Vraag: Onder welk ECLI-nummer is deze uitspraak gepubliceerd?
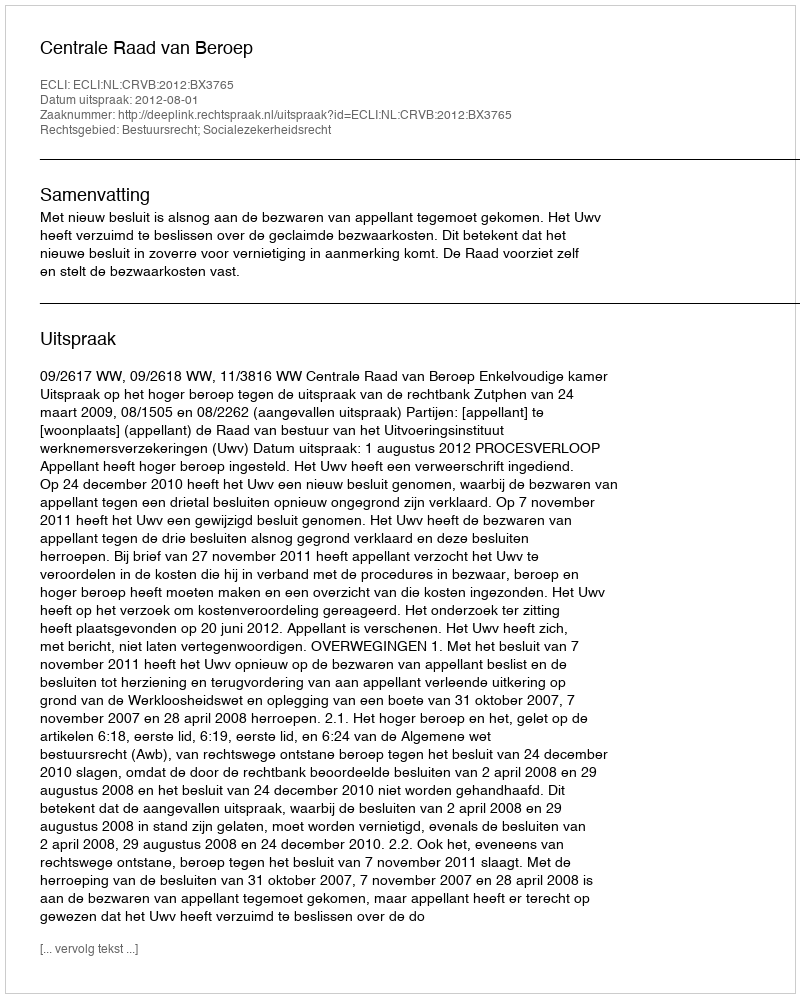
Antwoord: ECLI:NL:CRVB:2012:BX3765